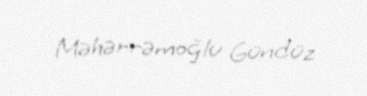
Məhərrəmoğlu Gündüz